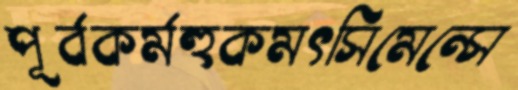
পূর্বকর্মহুকমৎসিমেন্সে